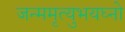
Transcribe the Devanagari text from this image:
जन्ममृत्युभयघ्नो